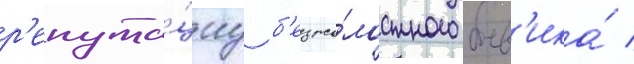
р'епута́циу б'езжа́лостного боев'ика́ /